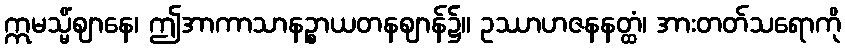
ဣမသ္မိံဈာနေ၊ ဤအာကာသာနဉ္စာယတနဈာန်၌။ ဥဿာဟဇနနတ္ထံ၊ အားတတ်သရောကို